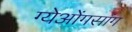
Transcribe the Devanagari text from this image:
ग्येओंगसांग